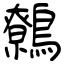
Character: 鷯